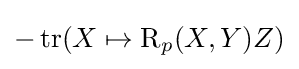
-\operatorname {tr} (X\mapsto \operatorname {R} _{p}(X,Y)Z)